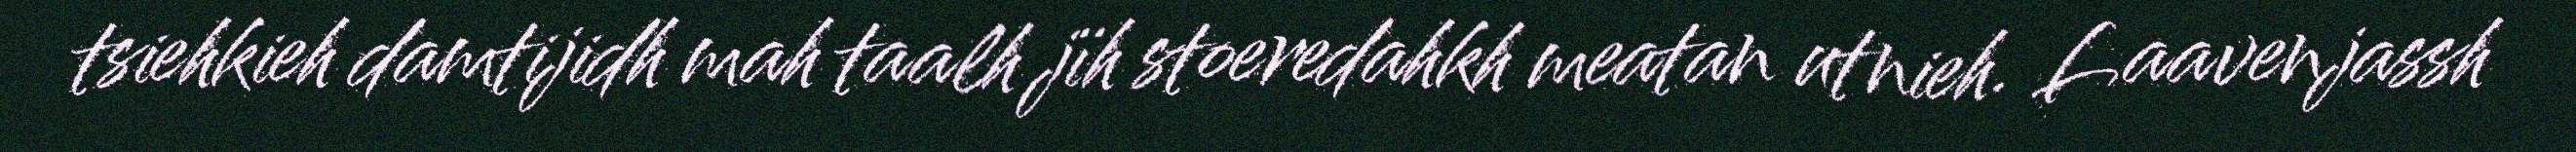
tsiehkieh damtijidh mah taalh jïh stoeredahkh meatan utnieh. Laavenjassh